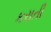
કરાતી